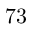
7 3